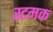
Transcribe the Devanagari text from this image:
स्टमक